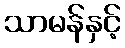
သာမန်နှင့်